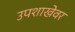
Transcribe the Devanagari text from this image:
उपशाखेवर